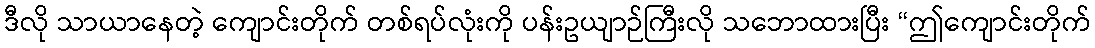
ဒီလို သာယာနေတဲ့ ကျောင်းတိုက် တစ်ရပ်လုံးကို ပန်းဥယျာဉ်ကြီးလို သဘောထားပြီး “ဤကျောင်းတိုက်